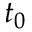
t _ { 0 }